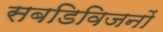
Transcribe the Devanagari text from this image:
सबडिविजनों